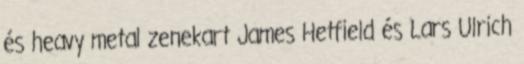
és heavy metal zenekart James Hetfield és Lars Ulrich